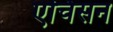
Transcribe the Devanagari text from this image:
एचिसन